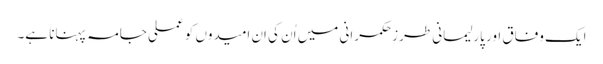
ایک وفاق اور پارلیمانی طرزِحکمرانی میں اُن کی اِن امیدوں کو عملی جامہ پہنانا ہے۔